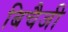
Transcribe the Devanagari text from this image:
बिचैजी